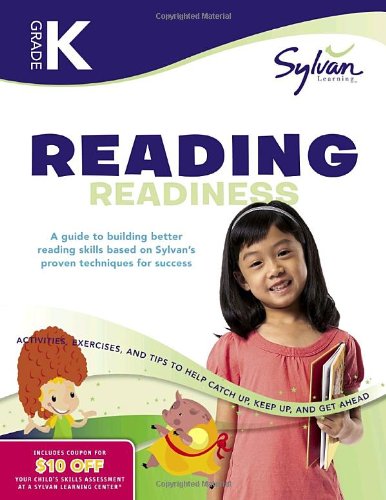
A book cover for Kindergarten Reading Readiness (Sylvan Workbooks) (Language Arts Workbooks); Sylvan Learning; Reference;